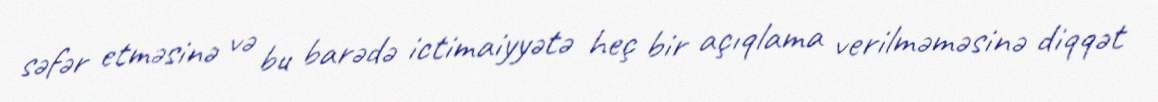
səfər etməsinə və bu barədə ictimaiyyətə heç bir açıqlama verilməməsinə diqqət